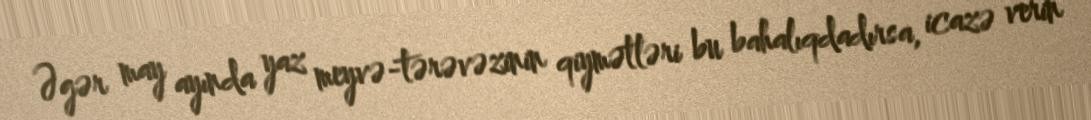
Əgər may ayında yaz meyvə-tərəvəzinin qiymətləri bu bahalıqdadırsa, icazə verin